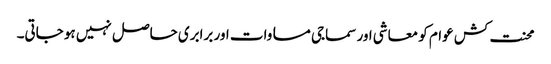
محنت کش عوام کو معاشی اور سماجی مساوات اور برابری حاصل نہیں ہو جاتی۔